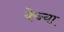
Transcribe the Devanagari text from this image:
केन्‍या